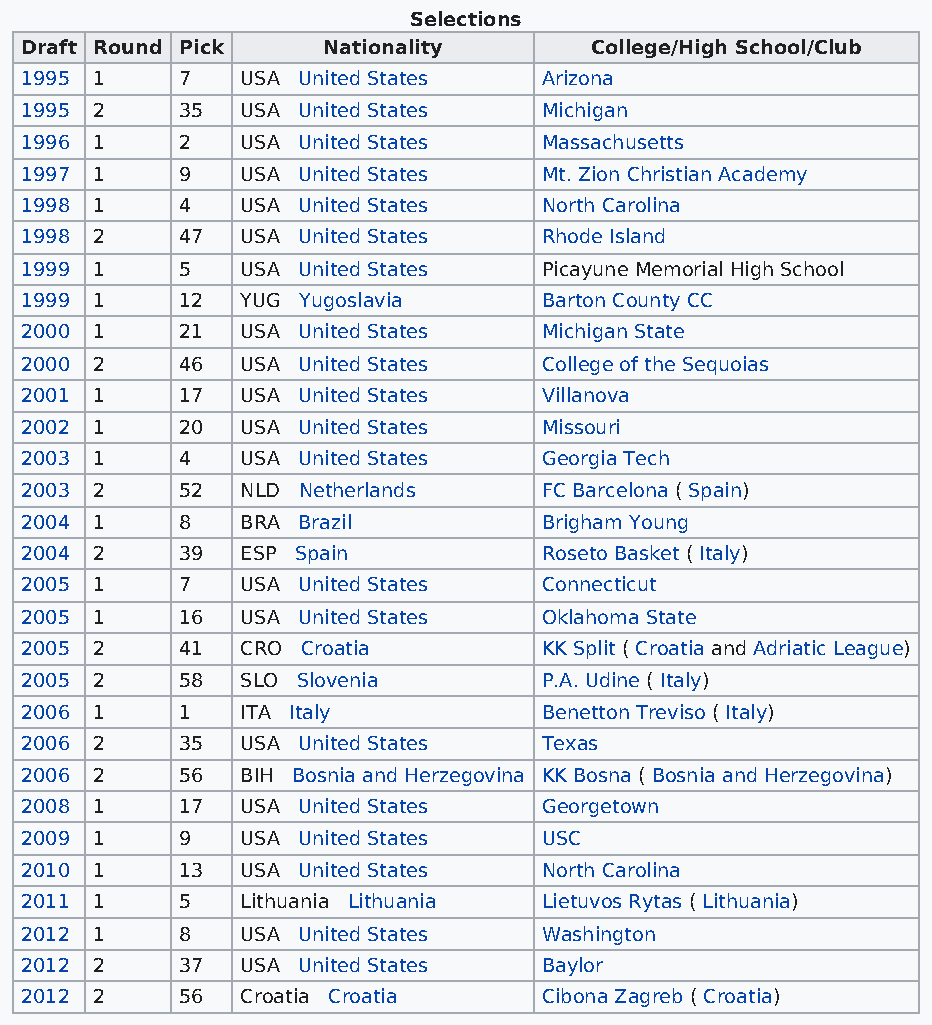
Selections
 Draft Round Pick    Nationality       College/High School/Club
 1995 1     7   USA United States   Arizona
 1995 2     35  USA United States   Michigan
 1996 1     2   USA United States   Massachusetts
 1997 1     9   USA United States   Mt. Zion Christian Academy
 1998 1     4   USA United States   North Carolina
 1998 2     47  USA United States   Rhode Island
 1999 1     5   USA United States   Picayune Memorial High School
 1999 1     12  YUG Yugoslavia      Barton County CC
 2000 1     21  USA United States   Michigan State
 2000 2     46  USA United States   College of the Sequoias
 2001 1     17  USA United States   Villanova
 2002 1     20  USA United States   Missouri
 2003 1     4   USA United States   Georgia Tech
 2003 2     52  NLD Netherlands     FC Barcelona ( Spain)
 2004 1     8   BRA Brazil          Brigham Young
 2004 2     39  ESP Spain           Roseto Basket ( Italy)
 2005 1     7   USA United States   Connecticut
 2005 1     16  USA United States   Oklahoma State
 2005 2     41  CRO Croatia         KK Split ( Croatia and Adriatic League)
 2005 2     58  SLO Slovenia        P.A. Udine ( Italy)
 2006 1     1   ITA Italy           Benetton Treviso ( Italy)
 2006 2     35  USA United States   Texas
 2006 2     56  BIH Bosnia and Herzegovina KK Bosna ( Bosnia and Herzegovina)
 2008 1     17  USA United States   Georgetown
 2009 1     9   USA United States   USC
 2010 1     13  USA United States   North Carolina
 2011 1     5   Lithuania Lithuania Lietuvos Rytas ( Lithuania)
 2012 1     8   USA United States   Washington
 2012 2     37  USA United States   Baylor
 2012 2     56  Croatia Croatia     Cibona Zagreb ( Croatia)